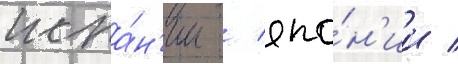
испа́н'ии / япо́н'ии /